65_HS1-834228961_62-HQ-83894_Section_2
Agency: FBI
Page 142
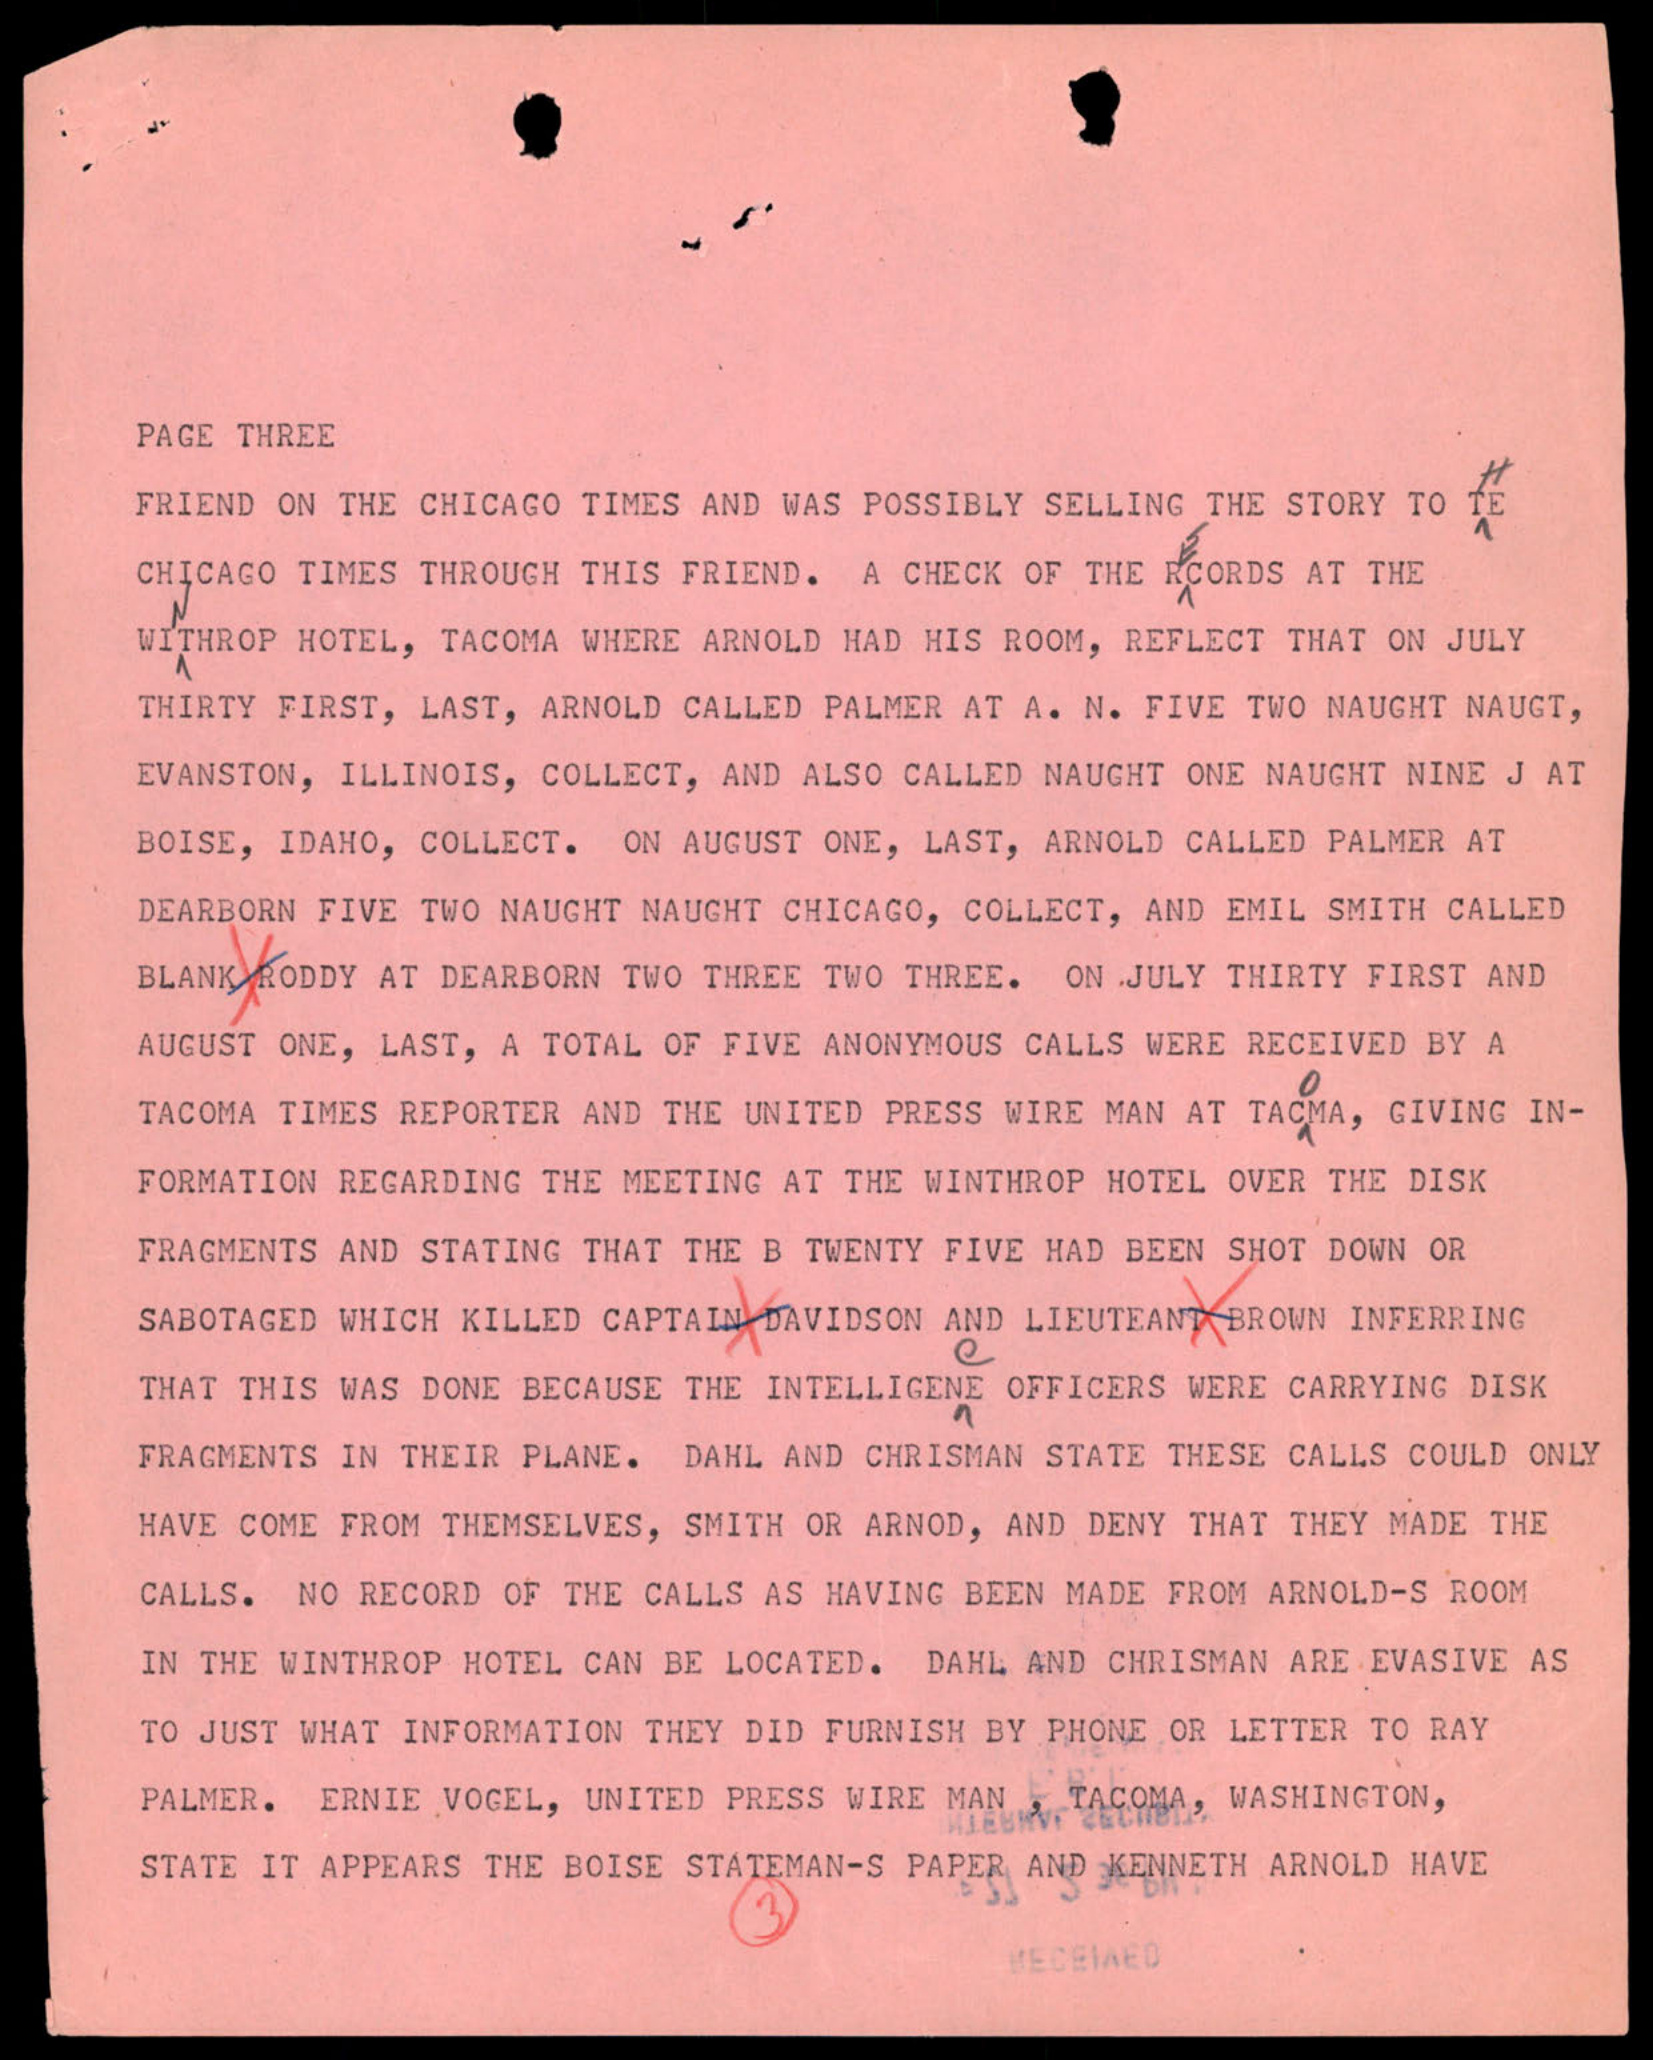